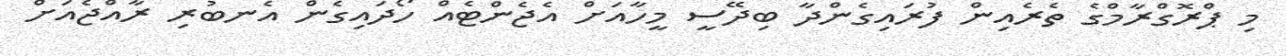
މި ޕްރޮގްރާމްގެ ތެރެއިން ފުރައިގެންދާ ބިދޭސީ މީހާއަށް އެޖެންޓެއް ހޯދައިގެން އެނބުރި ރާއްޖެއަށް